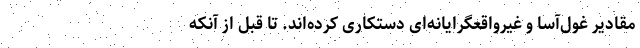
مقادیر غول‌آسا و غیرواقعگرایانه‌ای دستکاری کرده‌اند. تا قبل از آنکه